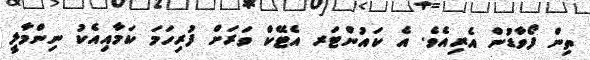
ތިން ފޯވާޑުން އެރިއެވެ. އެ ކައުންޓަރ އެޓޭކް ވަރަށް ފުރިހަމަ ކަމާއިއެކު ނިންމާލީ